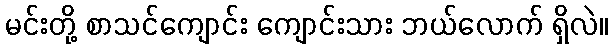
မင်းတို့ စာသင်ကျောင်း ကျောင်းသား ဘယ်လောက် ရှိလဲ။